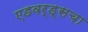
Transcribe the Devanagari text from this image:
एडवर्ड्सचा